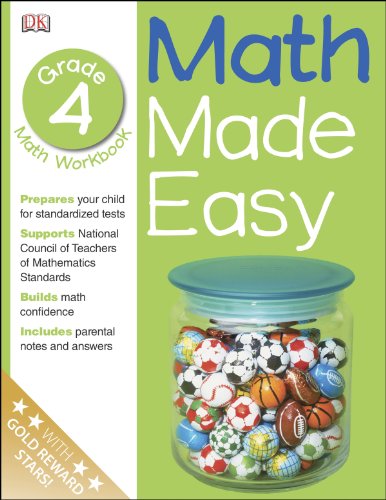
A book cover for Math Made Easy: Fourth Grade Workbook (Math Made Easy); DK Publishing; Children's Books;